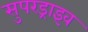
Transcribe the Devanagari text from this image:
सुपरड्राइव